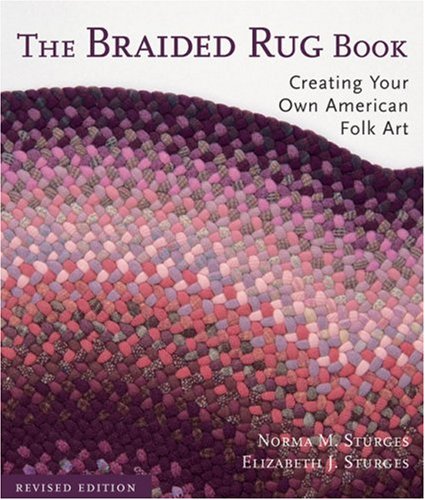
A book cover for The Braided Rug Book: Creating Your Own American Folk Art; Norma M. Sturges; Crafts, Hobbies & Home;